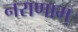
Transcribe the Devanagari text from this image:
नराणाम्